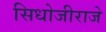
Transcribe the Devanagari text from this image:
सिधोजीराजे